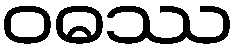
ဝဓဿ